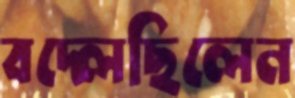
বদ্‌লেছিলেন